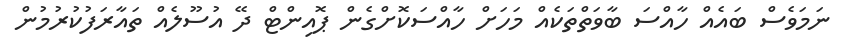
ނަމަވެސް ބައެއް ހާއްސަ ބާވަތްތަކެއް މަހަށް ހާއްސަކޮށްގެން ޕޮއިންޓް ދޭ އުސޫލެއް ތައާރަފުކުރުމުން